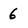
Character: 6